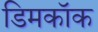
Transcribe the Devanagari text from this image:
डिमकॉक